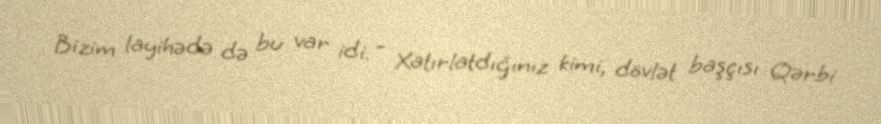
Bizim layihədə də bu var idi. - Xatırlatdığınız kimi, dövlət başçısı Qərbi